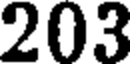
203